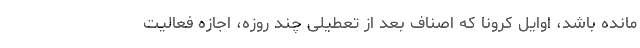
مانده باشد، اوایل کرونا که اصناف بعد از تعطیلی چند روزه، اجازه فعالیت